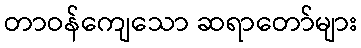
တာဝန်ကျေသော ဆရာတော်များ